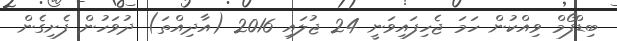
ބިޑްފޯމް ވިއްކުން ހަމަ ޖެހިފައިވަނީ 24 ޖުލައި 2016 (އާދިއްތަ) ދުވަހުން ފެށިގެން